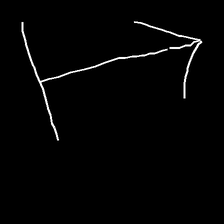
Glyph: levitation